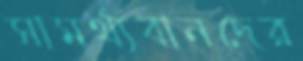
সামর্থ্যবানদের